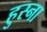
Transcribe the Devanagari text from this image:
हुस्ना